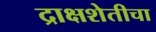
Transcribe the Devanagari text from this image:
द्राक्षशेतीचा